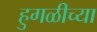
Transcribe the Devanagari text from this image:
हुगळीच्या